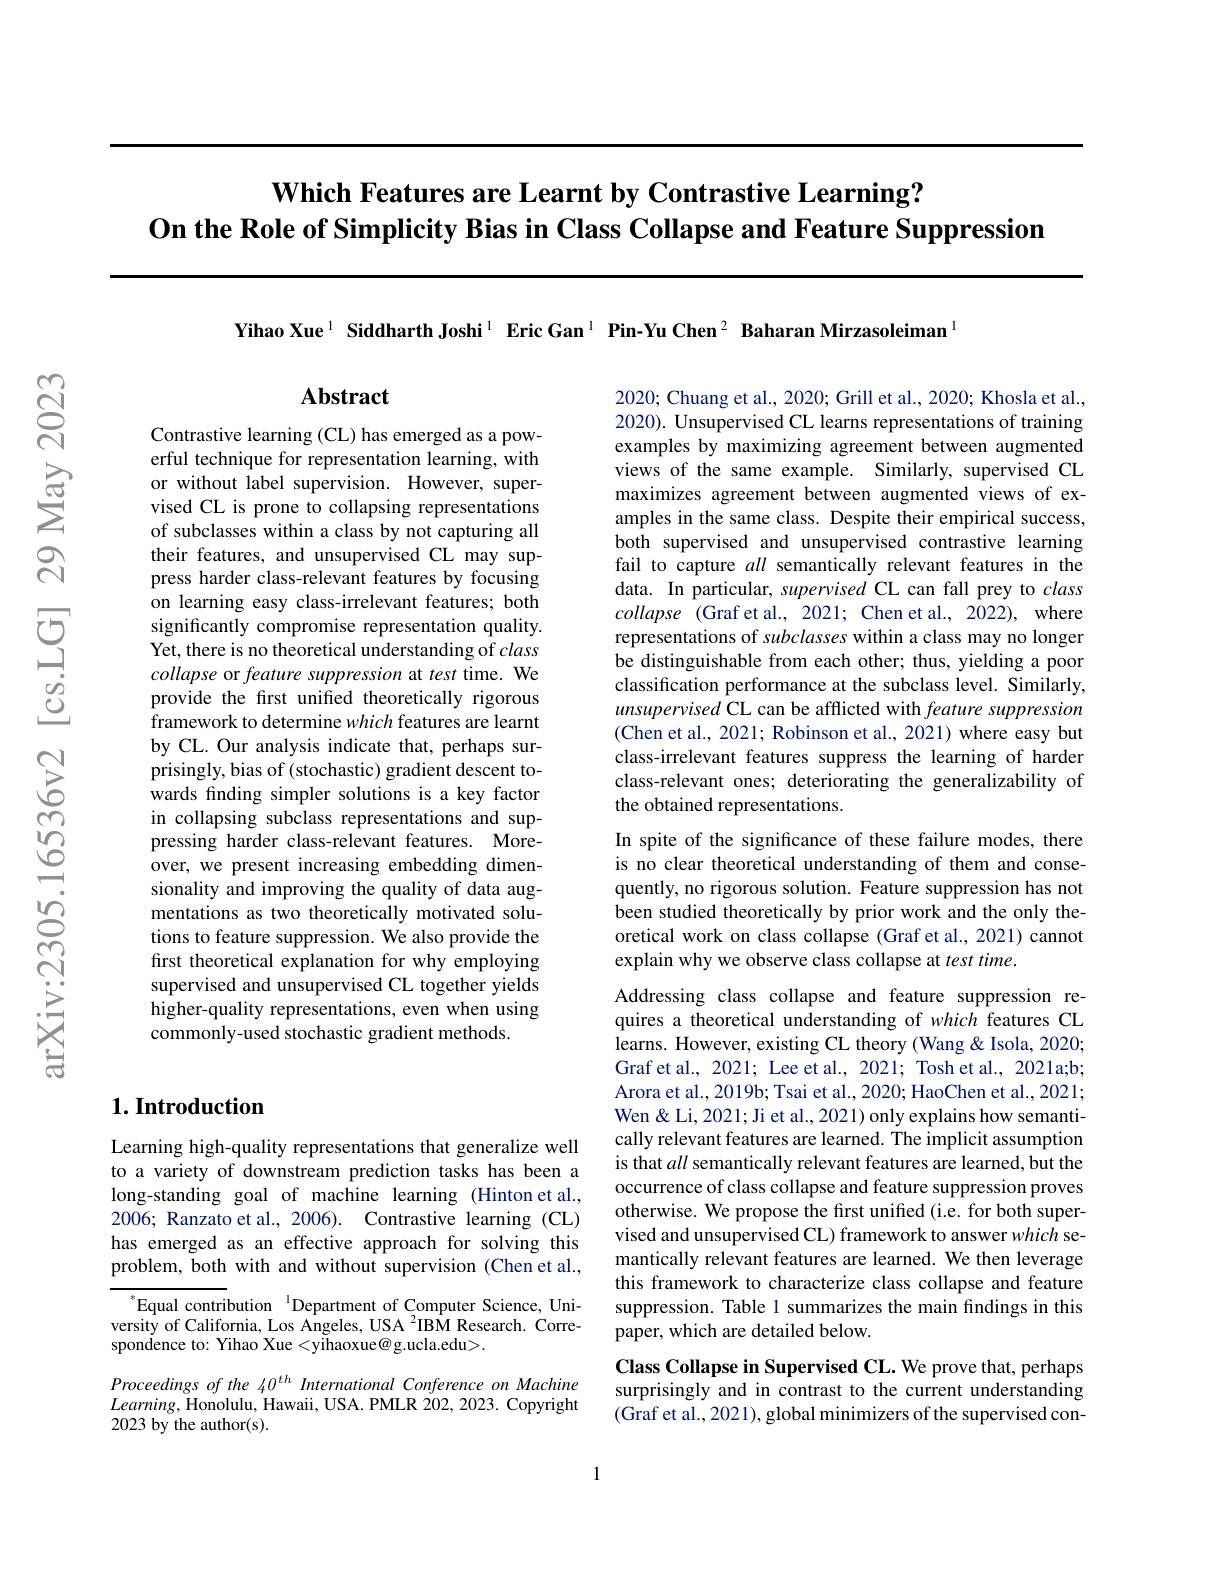
# Which Features are Learnt by Contrastive Learning? On the Role of Simplicity Bias in Class Collapse and Feature Suppression

Yihao Xue$^{1}$ Siddharth Joshi$^1$ Eric Gan$^1\textbf{Pin-Yu Chen}^2$ Baharan Mirzasoleiman$^{1}$

## Abstract

2020; Chuang et al., 2020; Grill et al., 2020; Khosla et al., 2020). Unsupervised CL learns representations of training examples by maximizing agreement between augmented views of the same example. Similarly, supervised CL maximizes agreement between augmented views of examples in the same class. Despite their empirical success, both supervised and unsupervised contrastive learning fail to capture all semantically relevant features in the data. In particular, supervised CL can fall prey to class collapse (Graf et al., 2021; Chen et al., 2022), where representations of subclasses within a class may no longer be distinguishable from each other; thus, yielding a poor classification performance at the subclass level. Similarly, unsupervised CL can be afflicted with feature suppression (Chen et al., 2021; Robinson et al., 2021) where easy but class-irrelevant features suppress the learning of harder class-relevant ones; deteriorating the generalizability of the obtained representations.

Contrastive learning (CL) has emerged as a powerful technique for representation learning, with or without label supervision. However, supervised CL is prone to collapsing representations of subclasses within a class by not capturing all their features, and unsupervised CL may suppress harder class-relevant features by focusing on learning easy class-irrelevant features; both significantly compromise representation quality. Yet, there is no theoretical understanding of class collapse or feature suppression at test time. We provide the first unified theoretically rigorous framework to determine which features are learnt by CL. Our analysis indicate that, perhaps surprisingly, bias of (stochastic) gradient descent towards finding simpler solutions is a key factor in collapsing subclass representations and suppressing harder class-relevant features. Moreover, we present increasing embedding dimensionality and improving the quality of data augmentations as two theoretically motivated solutions to feature suppression. We also provide the first theoretical explanation for why employing supervised and unsupervised CL together yields higher-quality representations, even when using commonly-used stochastic gradient methods.

In spite of the significance of these failure modes, there is no clear theoretical understanding of them and consequently, no rigorous solution. Feature suppression has not been studied theoretically by prior work and the only theoretical work on class collapse (Graf et al., 2021) cannot explain why we observe class collapse at test time.
Addressing class collapse and feature suppression requires a theoretical understanding of which features CL learns. However, existing CL theory (Wang & Isola, 2020; Graf et al., 2021; Lee et al., 2021; Tosh et al., 2021a;b; Arora et al., 2019b; Tsai et al., 2020; HaoChen et al., 2021; Wen & Li, 2021; Ji et al., 2021) only explains how semantically relevant features are learned. The implicit assumption is that all semantically relevant features are learned, but the occurrence of class collapse and feature suppression proves otherwise. We propose the first unified (i.e. for both supervised and unsupervised CL) framework to answer which semantically relevant features are learned. We then leverage this framework to characterize class collapse and feature suppression. Table 1 summarizes the main findings in this paper, which are detailed below.
Class Collapse in Supervised CL. We prove that, perhaps surprisingly and in contrast to the current understanding (Graf et al., 2021), global minimizers of the supervised con-

## $1. \textbf{Introduction}$

Learning high-quality representations that generalize well to a variety of downstream prediction tasks has been a long-standing goal of machine learning (Hinton et al., 2006; Ranzato et al., 2006). Contrastive learning (CL) has emerged as an effective approach for solving this problem, both with and without supervision (Chen et al.,

$^{*}$Equal contribution$^{\text{1}}$Department of Computer Science, University of California, Los Angeles, USA $^{2}$IBM Research. Correspondence to: Yihao Xue <yihaoxue@g.ucla.edu>.

Proceedings of the 40$^{th}$ International Conference on Machine $Learning$,Honolulu, Hawaii, USA. PMLR 202, 2023. Copyright 2023 by the author(s).

1